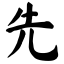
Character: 先